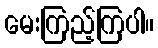
မေးကြည့်ကြပါ။